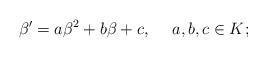
LaTeX: \begin{align*}{}\beta'=a\beta^2+b\beta+c, \;\;\; \;\, a,b,c\in K; \end{align*}